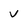
Character: v